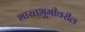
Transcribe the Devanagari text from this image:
भारतभूमीवरील